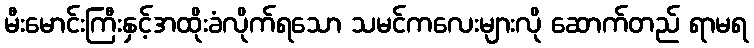
မီးမောင်းကြီးနှင့်အထိုးခံလိုက်ရသော သမင်ကလေးများလို ဆောက်တည် ရာမရ